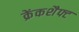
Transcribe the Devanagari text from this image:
क्रेंकशैफ्ट